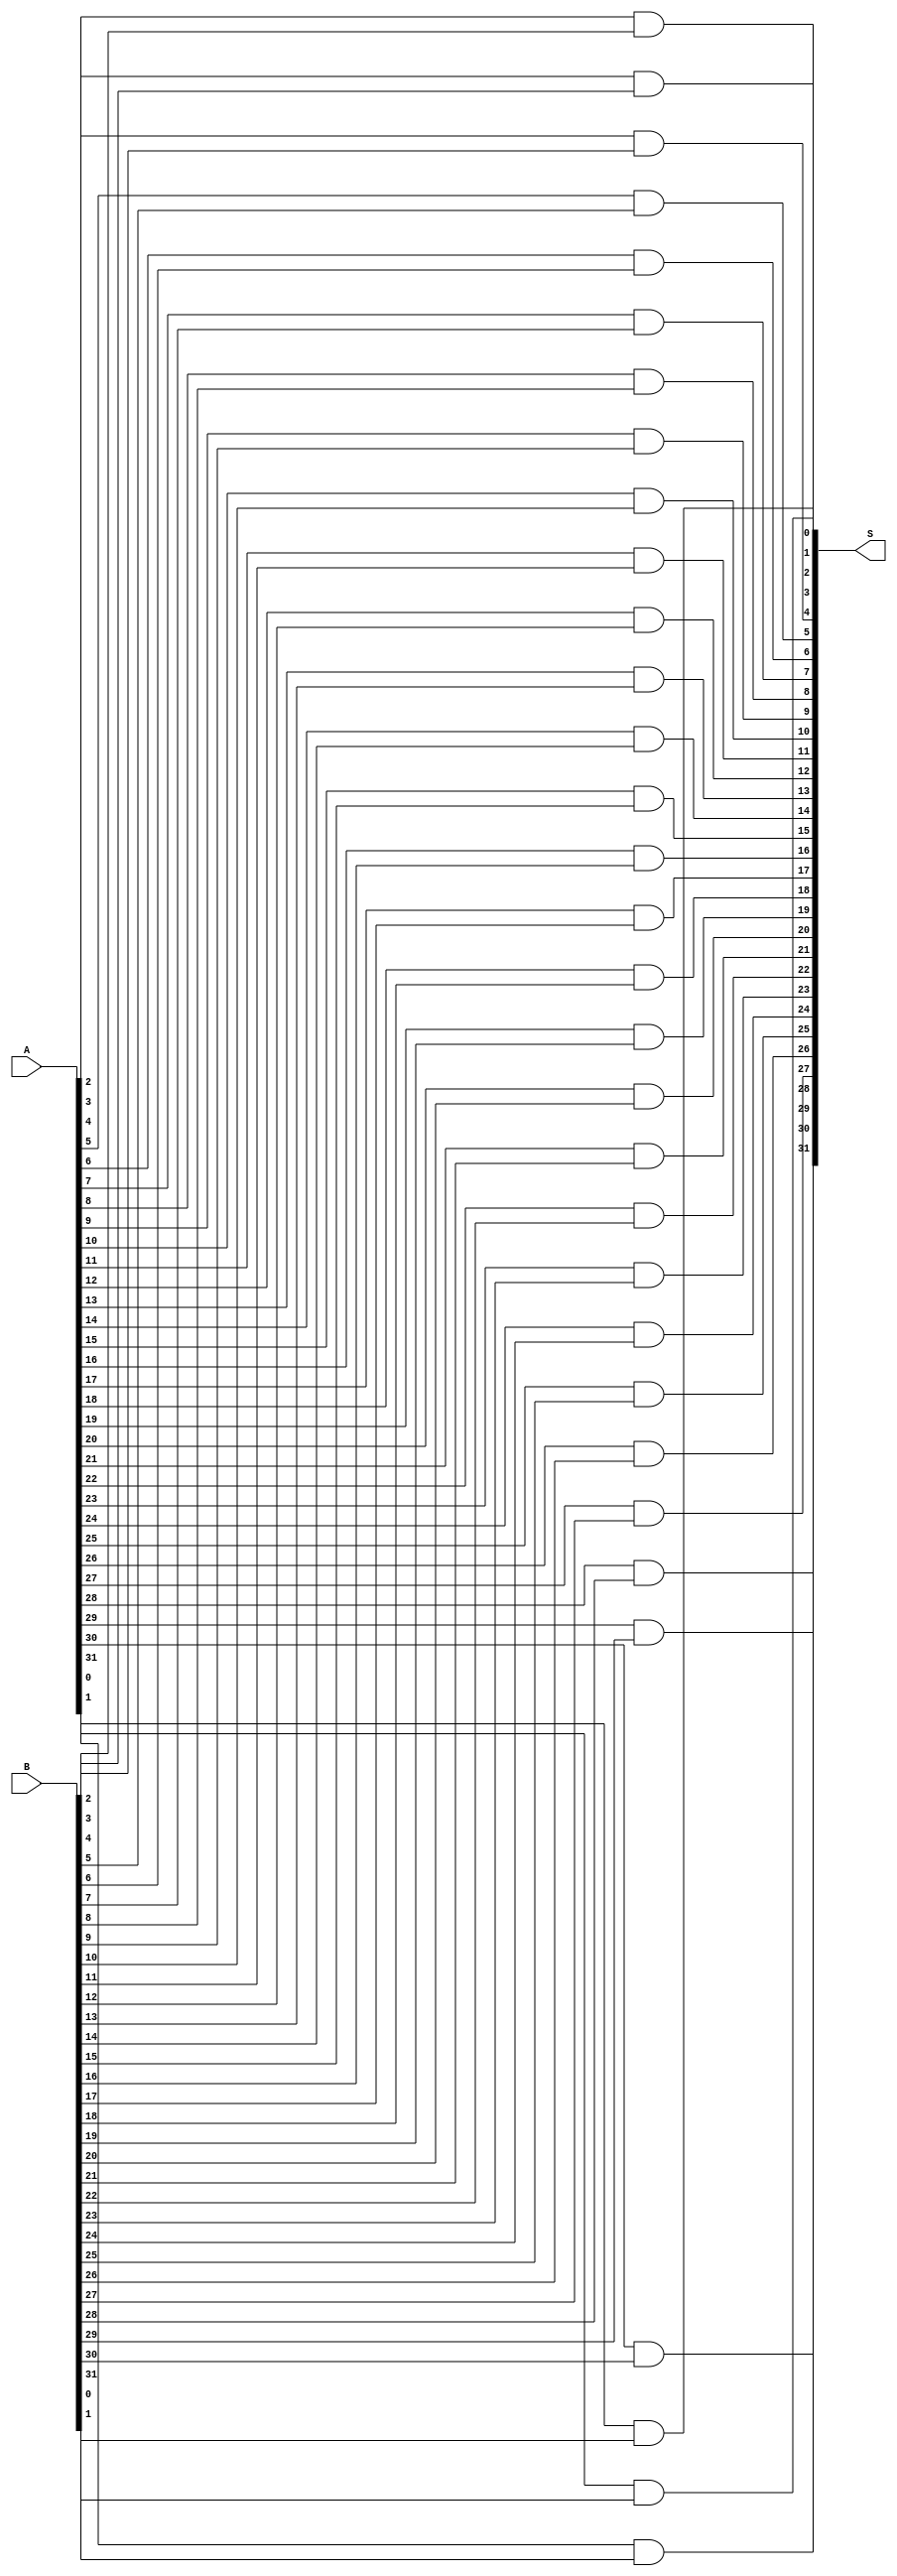
module and_32 (S,A,B);
input [31:0] A,B;
output [31:0] S;
//wire [30:1] C;  //intermediate carries

//Instantiate the full addder

and and_op1(S[0], A[0], B[0]);
and and_op2(S[1], A[1], B[1]);
and and_op3(S[2], A[2], B[2]);
and and_op4(S[3], A[3], B[3]);
and and_op5(S[4], A[4], B[4]);
and and_op6(S[5], A[5], B[5]);
and and_op7(S[6], A[6], B[6]);
and and_op8(S[7], A[7], B[7]);
and and_op9(S[8], A[8], B[8]);
and and_op10(S[9], A[9], B[9]);
and and_op11(S[10], A[10], B[10]);
and and_op12(S[11], A[11], B[11]);
and and_op13(S[12], A[12], B[12]);
and and_op14(S[13], A[13], B[13]);
and and_op15(S[14], A[14], B[14]);
and and_op16(S[15], A[15], B[15]);
and and_op17(S[16], A[16], B[16]);
and and_op18(S[17], A[17], B[17]);
and and_op19(S[18], A[18], B[18]);
and and_op20(S[19], A[19], B[19]);
and and_op21(S[20], A[20], B[20]);
and and_op22(S[21], A[21], B[21]);
and and_op23(S[22], A[22], B[22]);
and and_op24(S[23], A[23], B[23]);
and and_op25(S[24], A[24], B[24]);
and and_op26(S[25], A[25], B[25]);
and and_op27(S[26], A[26], B[26]);
and and_op28(S[27], A[27], B[27]);
and and_op29(S[28], A[28], B[28]);
and and_op30(S[29], A[29], B[29]);
and and_op31(S[30], A[30], B[30]);
and and_op32(S[31], A[31], B[31]);
				
endmodule